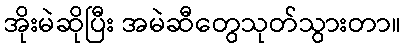
အိုးမဲဆိုပြီး အမဲဆီတွေသုတ်သွားတာ။